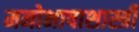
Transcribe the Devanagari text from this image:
मनोभाषाशास्त्री